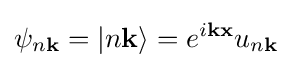
\psi _{n\mathbf {k} }=|n\mathbf {k} \rangle =e^{i\mathbf {k} \mathbf {x} }u_{n\mathbf {k} }